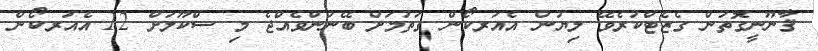
ޤާނޫނީގޮތުން ގެޒެޓްކުރެވޭ ލިޔުން އެއަރކޯން ގަތުމަށް ބޭނުންވެއްޖެ މި ސްކޫލަށް 12 އެއަރކޯން